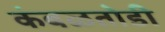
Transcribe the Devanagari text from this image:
कंबळतोडी